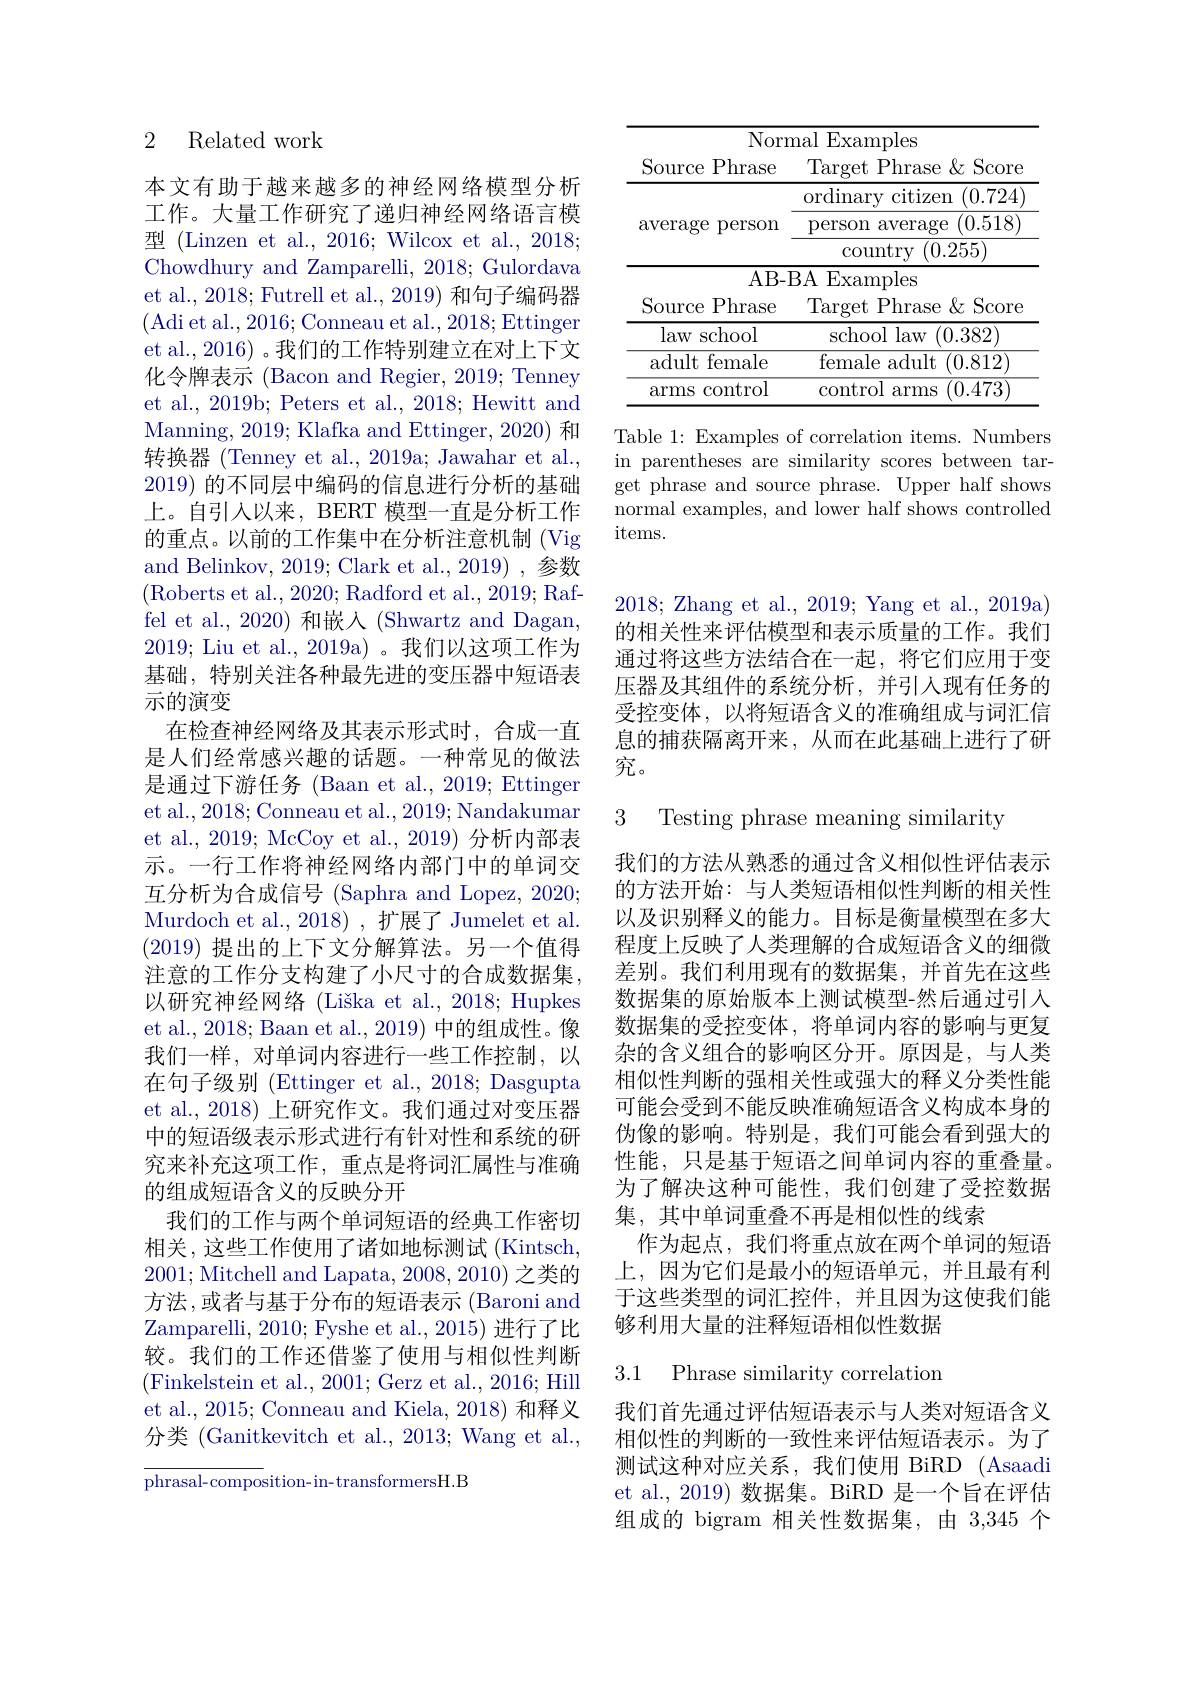
### 2 Related work

本文有助于越来越多的神经网络模型分析工作。大量工作研究了递归神经网络语言模型 (Linzen et al., 2016; Wilcox et al., 2018; Chowdhury and Zamparelli, 2018; Gulordava et al., 2018; Futrell et al., 2019) 和句子编码器(Adi et al., 2016; Conneau et al., 2018; Ettinger et al., 2016) 。我们的工作特别建立在对上下文化令牌表示 (Bacon and Regier, 2019; Tenney et al., 2019b; Peters et al., 2018; Hewitt and Manning, 2019; Klafka and Ettinger, 2020) 和转换器 (Tenney et al., 2019a; Jawahar et al., 2019)的不同层中编码的信息进行分析的基础上。自引人以来，BERT 模型一直是分析工作的重点。以前的工作集中在分析注意机制 (Vig and Belinkov, 2019; Clark et al., 2019) , 参数(Roberts et al., 2020; Radford et al., 2019; Raffel et al., 2020) 和嵌入 (Shwartz and Dagan, 2019; Liu et al., 2019a)。我们以这项工作为基础，特别关注各种最先进的变压器中短语表示的演变
在检查神经网络及其表示形式时，合成一直是人们经常感兴趣的话题。一种常见的做法是通过下游任务 (Baan et al., 2019; Ettinger et al., 2018; Conneau et al., 2019; Nandakumar et al., 2019; McCoy et al., 2019) 分析内部表示。一行工作将神经网络内部门中的单词交互分析为合成信号 (Saphra and Lopez, 2020; Murdoch et al., 2018) , 扩展了 Jumelet et al. (2019)提出的上下文分解算法。另一个值得注意的工作分支构建了小尺寸的合成数据集， 以研究神经网络 (Liška et al., 2018; Hupkes et al., 2018; Baan et al., 2019) 中的组成性。像我们一样，对单词内容进行一些工作控制，以在句子级别 (Ettinger et al., 2018; Dasgupta et al., 2018) 上研究作文。我们通过对变压器中的短语级表示形式进行有针对性和系统的研究来补充这项工作，重点是将词汇属性与准确的组成短语含义的反映分开
我们的工作与两个单词短语的经典工作密切相关，这些工作使用了诸如地标测试(Kintsch, 2001; Mitchell and Lapata, 2008, 2010) 之类的方法，或者与基于分布的短语表示(Baroni and Zamparelli, 2010; Fyshe et al., 2015) 进行了比较。我们的工作还借鉴了使用与相似性判断(Finkelstein et al., 2001; Gerz et al., 2016; Hill et al., 2015; Conneau and Kiela, 2018) 和释义分类 (Ganitkevitch et al., 2013; Wang et al.,

phrasal-composition-in-transformersH.B

<table>
	<tbody>
		<tr>
			<th>Norr</th>
			<th>nal l Examples</th>
		</tr>
		<tr>
			<th>Source Phrase</th>
			<th>$\operatorname{Target}$ t Phrase $\&$ Score</th>
		</tr>
		<tr>
			<td rowspan="3">$\operatorname{average}$ person</td>
			<td>ordinary citizen (0.724</td>
		</tr>
		<tr>
			<td>person $\operatorname{average}$ (0.518</td>
		</tr>
		<tr>
			<td>$\operatorname{country}$ (0.255)</td>
		</tr>
		<tr>
			<td>Source Phrase</td>
			<td>- Target Phrase & Score</td>
		</tr>
		<tr>
			<td>law school</td>
			<td>school law (0.382]</td>
		</tr>
		<tr>
			<td>adult female</td>
			<td>female adult (0.812</td>
		</tr>
		<tr>
			<td>control arms</td>
			<td>control arms (0.473</td>
		</tr>
	</tbody>
</table>

Table 1: Examples of correlation items. Numbers in parentheses are similarity scores between target phrase and source phrase. Upper half shows normal examples, and lower half shows controlled items.

2018; Zhang et al., 2019; Yang et al., 2019a) 的相关性来评估模型和表示质量的工作。我们通过将这些方法结合在一起，将它们应用于变压器及其组件的系统分析，并引入现有任务的受控变体，以将短语含义的准确组成与词汇信息的捕获隔离开来，从而在此基础上进行了研究。

3 Testing phrase meaning similarity

我们的方法从熟悉的通过含义相似性评估表示的方法开始：与人类短语相似性判断的相关性以及识别释义的能力。目标是衡量模型在多大程度上反映了人类理解的合成短语含义的细微差别。我们利用现有的数据集，并首先在这些数据集的原始版本上测试模型-然后通过引入数据集的受控变体，将单词内容的影响与更复杂的含义组合的影响区分开。原因是，与人类相似性判断的强相关性或强大的释义分类性能可能会受到不能反映准确短语含义构成本身的伪像的影响。特别是，我们可能会看到强大的性能，只是基于短语之间单词内容的重叠量。为了解决这种可能性，我们创建了受控数据集，其中单词重叠不再是相似性的线索
作为起点，我们将重点放在两个单词的短语上，因为它们是最小的短语单元，并且最有利于这些类型的词汇控件，并且因为这使我们能够利用大量的注释短语相似性数据

3.1 Phrase similarity correlation

我们首先通过评估短语表示与人类对短语含义相似性的判断的一致性来评估短语表示。为了测试这种对应关系，我们使用 BiRD (Asaadi et al.,2019) 数据集。BiRD 是一个旨在评估组成的 bigram 相关性数据集，由 3,345 个